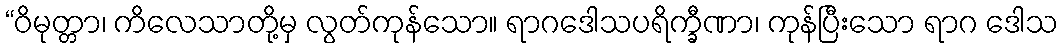
“ဝိမုတ္တာ၊ ကိလေသာတို့မှ လွတ်ကုန်သော။ ရာဂဒေါသပရိက္ခီဏာ၊ ကုန်ပြီးသော ရာဂ ဒေါသ